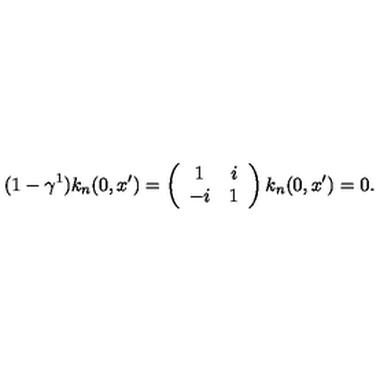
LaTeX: ( 1 - \gamma ^ { 1 } ) k _ { n } ( 0 , x ^ { \prime } ) = \left( \begin{array} { c c } { 1 } & { i } \\ { - i } & { 1 } \\ \end{array} \right) k _ { n } ( 0 , x ^ { \prime } ) = 0 .